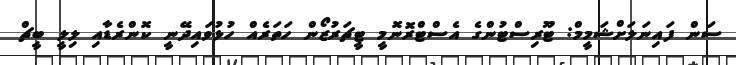
ސަން ފައިނަލަށްޝަމީމް: ޓޫރިސްޓުންގެ އެސްޓްރޮނޮމީ ޓީޗަރުޒޯން ހަތަރެއް ހުޅުވައިދޭނީ ކޮންރެޑާއި ލިލީ ބީޗް